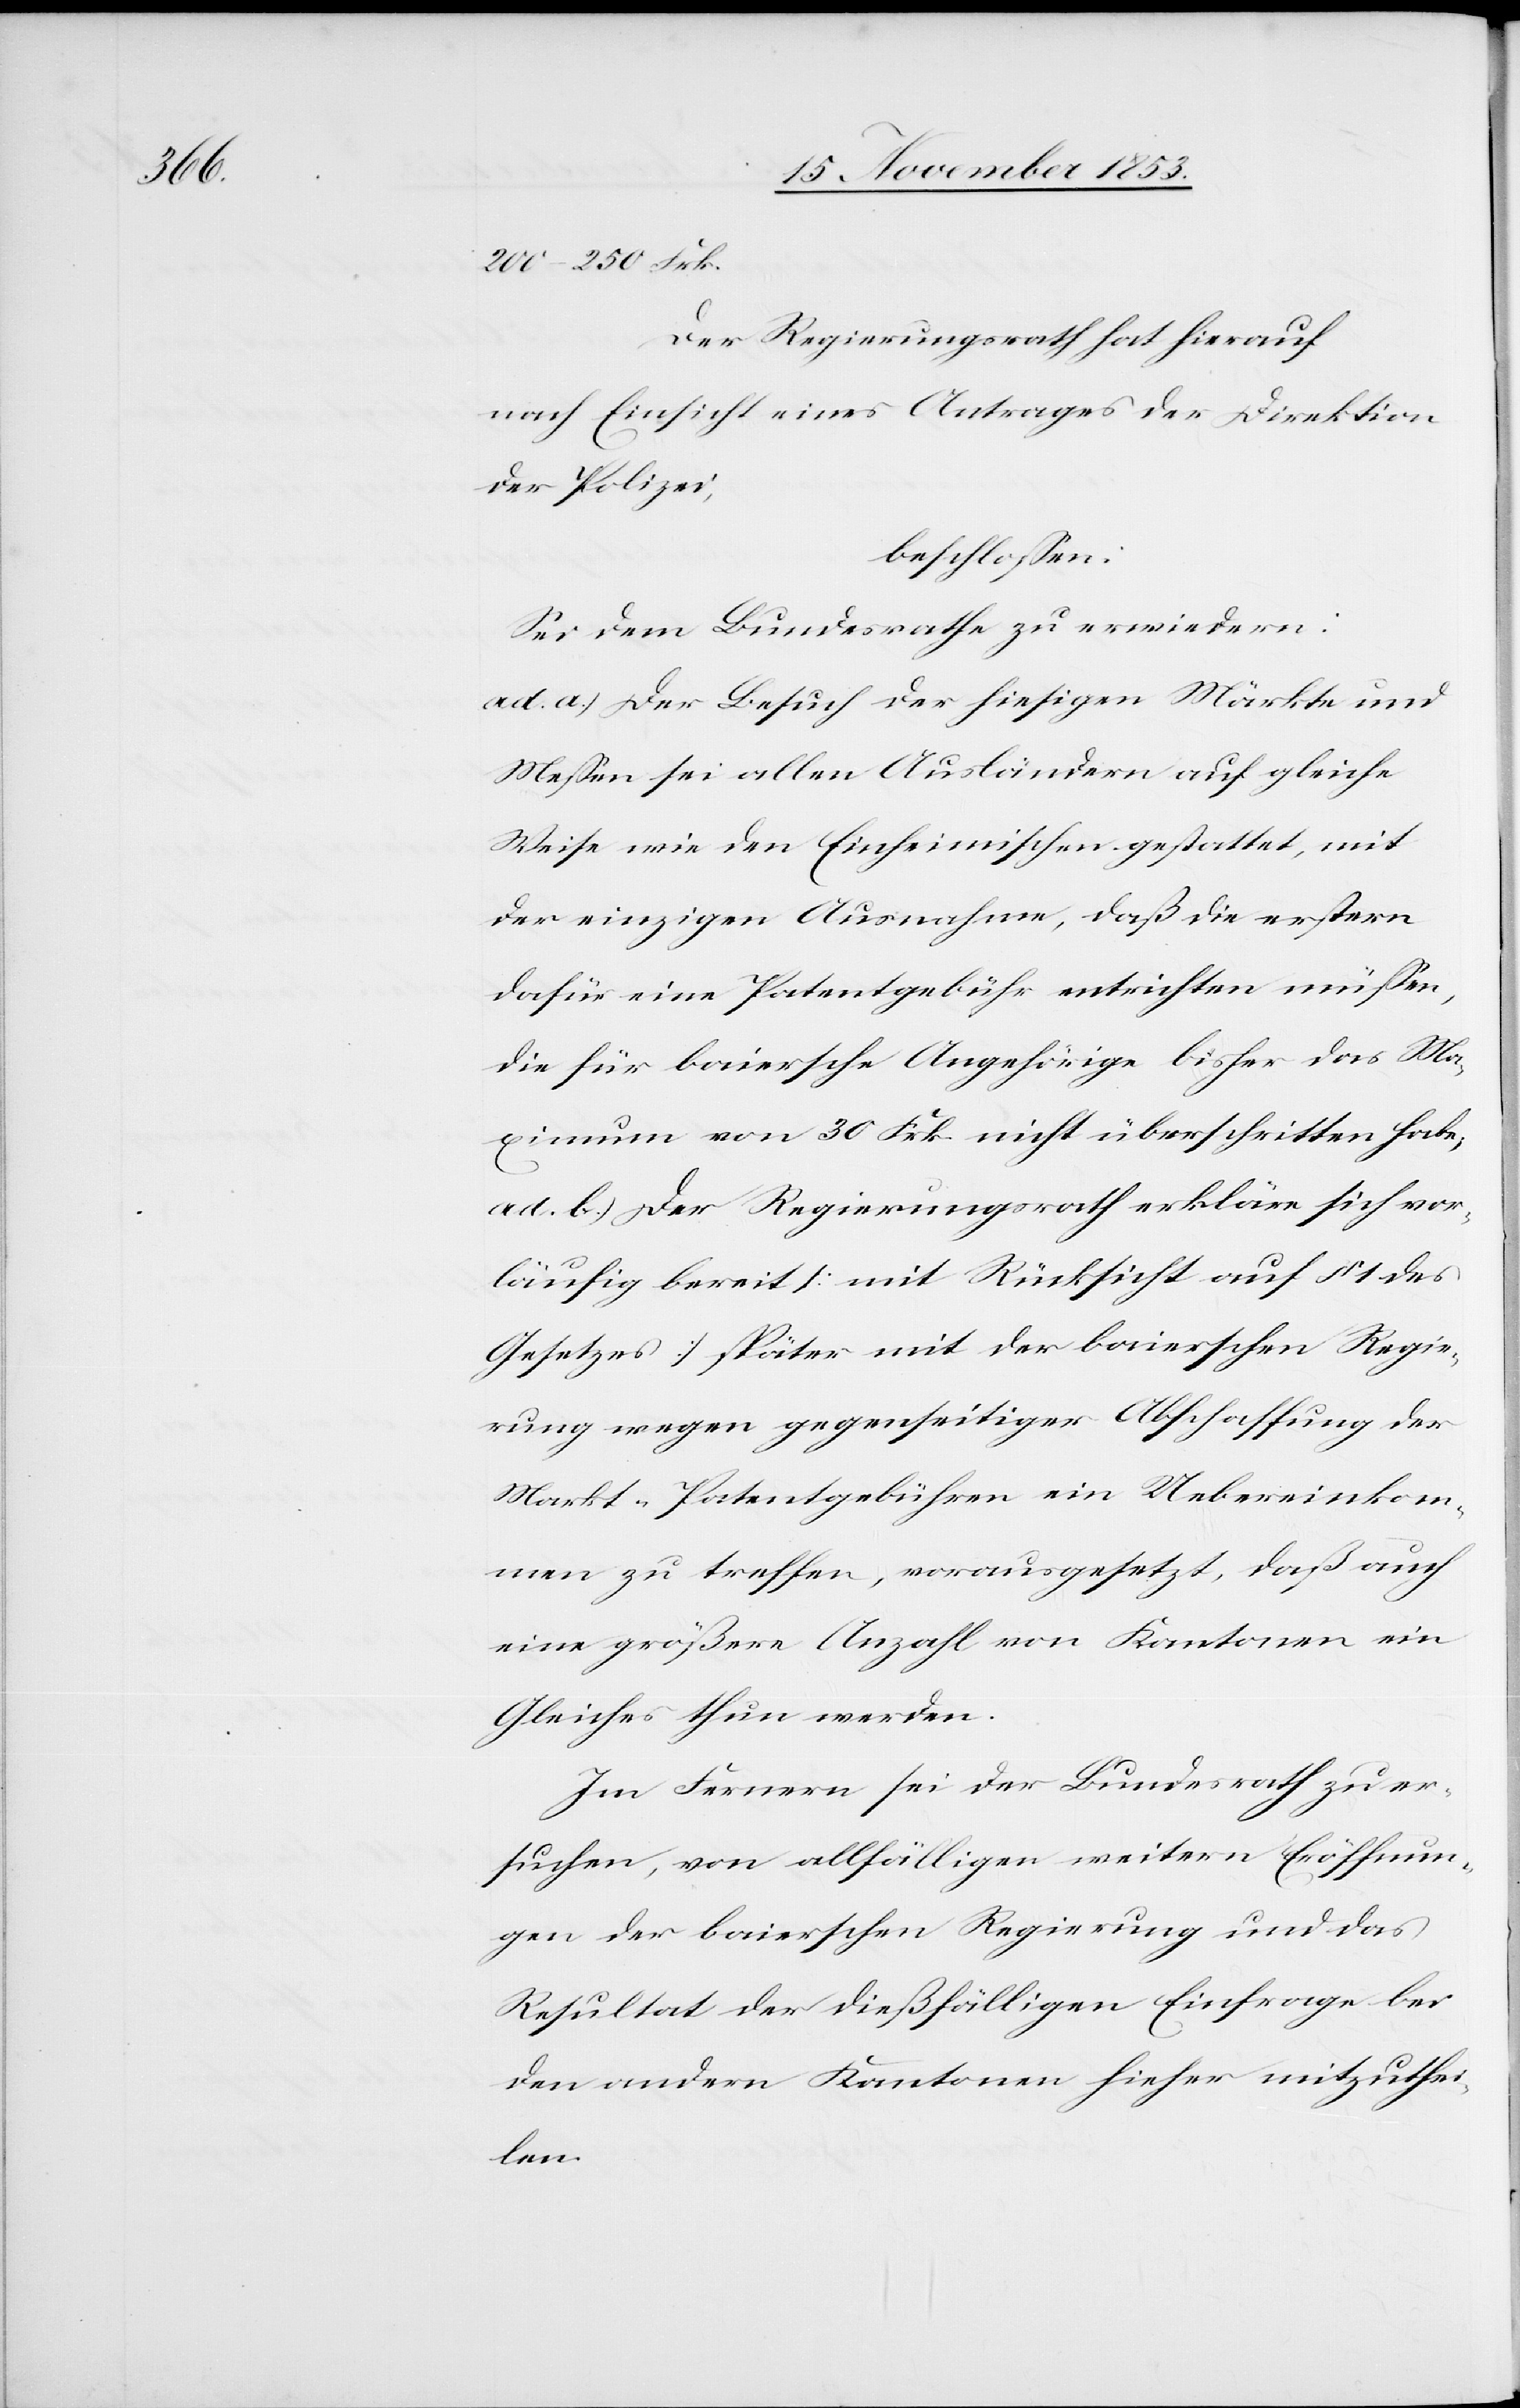
200–250 Frk.
Der Regierungsrath hat hierauf
nach Einsicht eines Antrages der Direktion
der Polizei,
beschloßen:
Sei dem Bundesrathe zu erwiedern:
ad a.) Der Besuch der hiesigen Märkte und
Meßen sei allen Ausländern auf gleiche
Weise wie den Einheimischen gestattet, mit
der einzigen Ausnahme, daß die erstern
dafür eine Patentgebühr entrichten müßen,
die für baiersche Angehörige bisher das Ma¬
ximum von 30 Frk. nicht überschritten habe;
ad. b.) Der Regierungsrath erkläre sich vor¬
läufig bereit [mit Rücksicht auf § 1 des
Gesetzes] später mit der baierschen Regie¬
rung wegen gegenseitiger Abschaffung der
Markt- und Patentgebühren ein Uebereinkom¬
men zu treffen, vorausgesetzt, daß auch
eine größere Anzahl von Kantonen ein
Gleiches thun werden.
Im Fernern sei der Bundesrath zu er¬
suchen, von allfälligen weitern Eröffnun¬
gen der baierschen Regierung und das
Resultat der dießfälligen Einfrage bei
den andern Kantonen hieher mitzuthei¬
len.